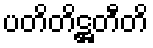
ပတိတိဋ္ဌတီတိ